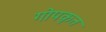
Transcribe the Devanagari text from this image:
गोपकृत